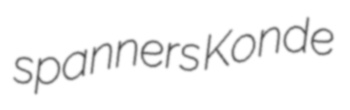
spanners Konde